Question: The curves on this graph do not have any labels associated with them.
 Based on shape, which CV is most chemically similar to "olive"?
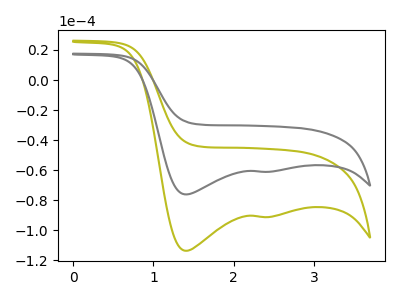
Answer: <think>The olive curve "olive" has cathodic peaks at (1.40V, -113.70uA) (2.45V, -91.20uA). The gray curve "gray" has cathodic peaks at (1.40V, -76.15uA) (2.45V, -61.10uA).
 All the peaks in "olive" have a peak in "gray" at the same potential. Every peak in "olive" is higher than every peak in "gray".</think>
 <answer>The CV with the most similar shape to "gray" is "olive".</answer>
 <eval>"olive"</eval>